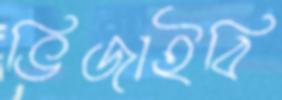
ভিজাইবি